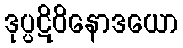
ဒုပ္ပဋိဝိနောဒယော